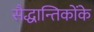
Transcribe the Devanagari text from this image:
सैद्धान्तिकोंके